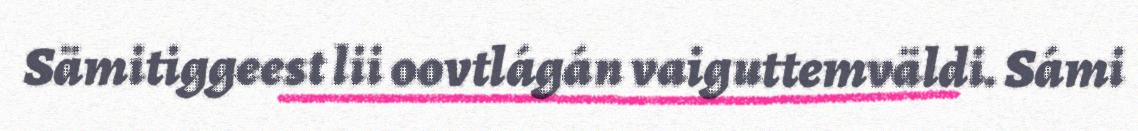
Sämitiggeest lii oovtlágán vaiguttemväldi. Sámi